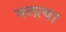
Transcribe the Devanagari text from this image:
मलत्या